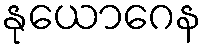
နုယောဂေန